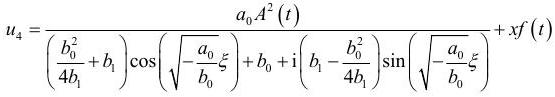
$u_{4}=\frac{a_{0} A^{2}(t)}{\left(\frac{b_{0}^{2}}{4 b_{1}}+b_{1}\right) \cos \left(\sqrt{-\frac{a_{0}}{b_{0}}} \xi\right)+b_{0}+\mathrm{i}\left(b_{1}-\frac{b_{0}^{2}}{4 b_{1}}\right) \sin \left(\sqrt{-\frac{a_{0}}{b_{0}}} \xi\right)}+x f(t)$